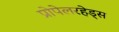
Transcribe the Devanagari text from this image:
प्रोपेलरहेड्स